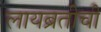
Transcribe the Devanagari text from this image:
लायब्रतीची